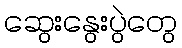
ဆွေးနွေးပွဲတွေ